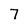
Character: 7